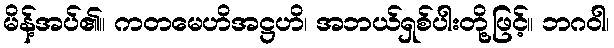
မိန့်အပ်၏။ ကတမေဟိအဋ္ဌဟိ၊ အဘယ်ရှစ်ပါးတို့ဖြင့်။ ဘဂဝါ၊